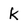
Character: k